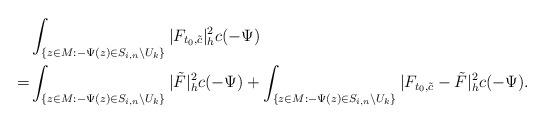
LaTeX: \begin{align*}&\int_{\{z\in M:-\Psi(z)\in S_{i,n}\backslash U_k\}}|F_{t_0,\tilde{c}}|^2_hc(-\Psi)\\=&\int_{\{z\in M:-\Psi(z)\in S_{i,n}\backslash U_k\}}|\tilde F|^2_hc(-\Psi)+\int_{\{z\in M:-\Psi(z)\in S_{i,n}\backslash U_k\}}|F_{t_0,\tilde{c}}-\tilde F|^2_hc(-\Psi).\end{align*}